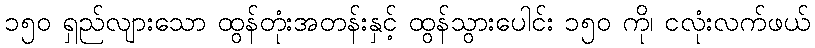
၁၅၀ ရှည်လျားသော ထွန်တုံးအတန်းနှင့် ထွန်သွားပေါင်း ၁၅၀ ကို၊ ငလုံးလက်ဖယ်